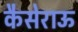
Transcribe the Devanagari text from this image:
कैसेराऊ